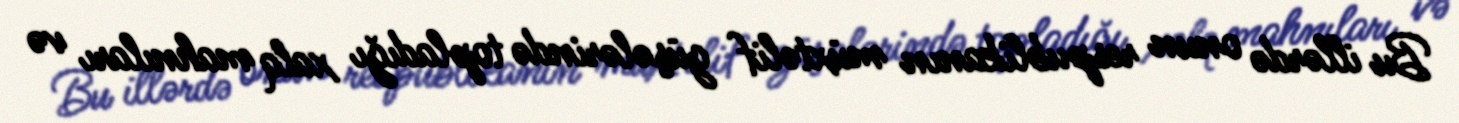
Bu illərdə onun respublikanın müxtəlif güşələrində topladığı xalq mahnıları və